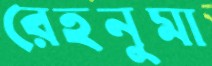
রেহনুমা